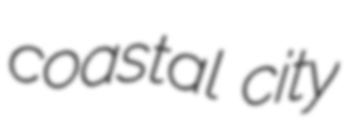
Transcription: coastal city